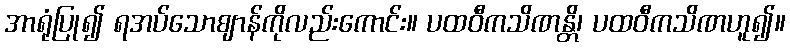
အာရုံပြု၍ ရအပ်သောဈာန်ကိုလည်းကောင်း။ ပထဝီကသိဏန္တိ၊ ပထဝီကသိဏဟူ၍။